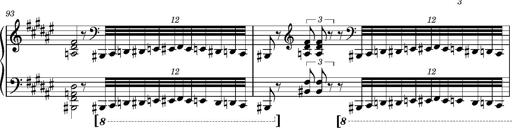
Title: Cavatine de Robert le Diable
Composer: Franz Liszt
Key: F-sharp minor